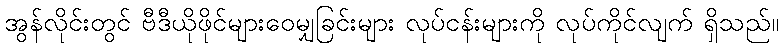
အွန်လိုင်းတွင် ဗီဒီယိုဖိုင်များဝေမျှခြင်းများ လုပ်ငန်းများကို လုပ်ကိုင်လျက် ရှိသည်။